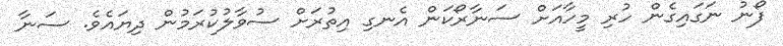
ފޯނު ނަގައިގެން ހުރި މީހާއަށް ސަނާރޯކަން އެނގި އިތުރަށް ސުވާލުކުރަމުން ދިޔައެވެ. ސަނާ